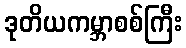
ဒုတိယကမ္ဘာစစ်ကြီး